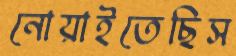
নোয়াইতেছিস